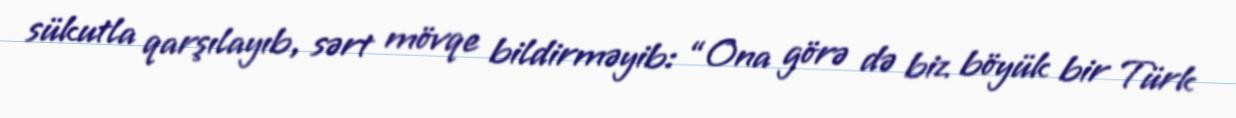
sükutla qarşılayıb, sərt mövqe bildirməyib: “Ona görə də biz böyük bir Türk